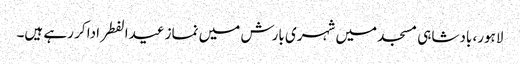
لاہور، بادشاہی مسجد میں شہری بارش میں نماز عیدالفطر ادا کر رہے ہیں۔